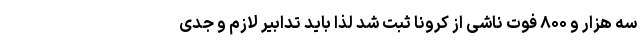
سه هزار و ۸۰۰ فوت ناشی از کرونا ثبت شد لذا باید تدابیر لازم و جدی